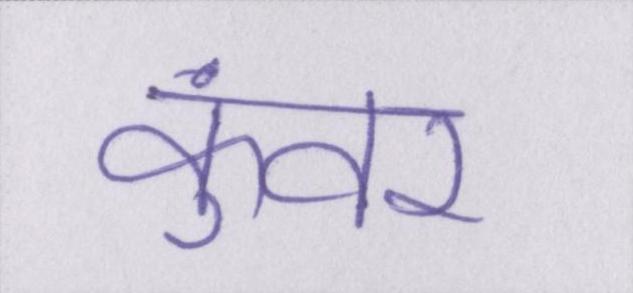
कुंवर